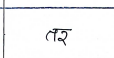
मजकूर: तर